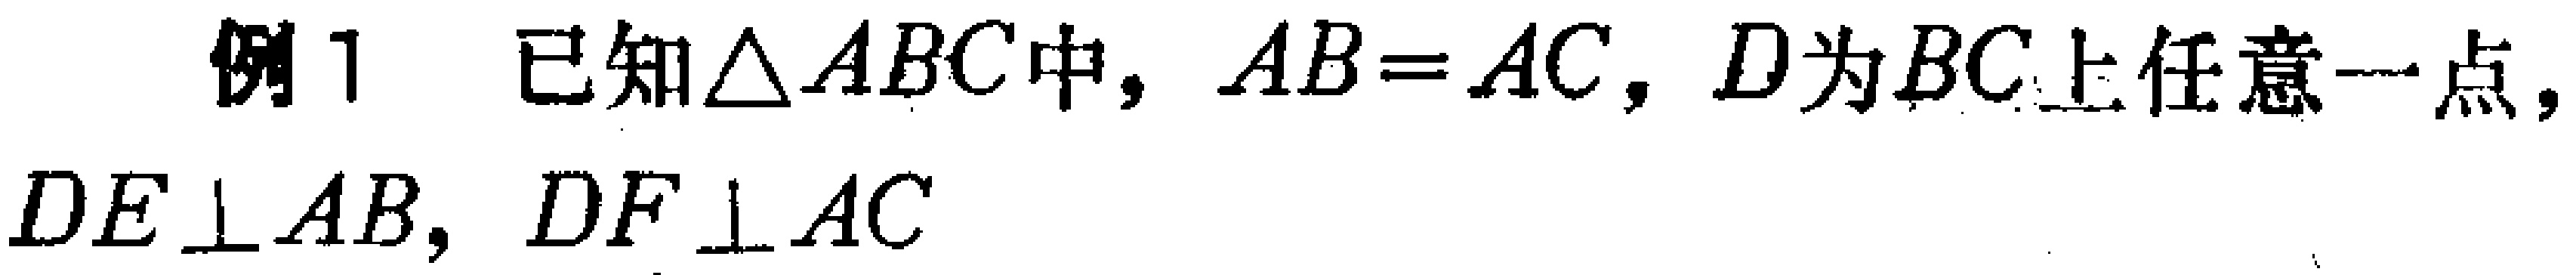
例1 已知\(\triangle ABC\)中，\(AB = AC\)，\(D\)为\(BC\)上任意一点，\(DE\perp AB\)，\(DF\perp AC\)